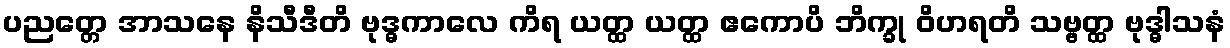
ပညတ္တေ အာသနေ နိသီဒီတိ ဗုဒ္ဓကာလေ ကိရ ယတ္ထ ယတ္ထ ဧကောပိ ဘိက္ခု ဝိဟရတိ သဗ္ဗတ္ထ ဗုဒ္ဓါသနံ